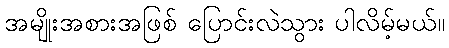
အမျိုးအစားအဖြစ် ပြောင်းလဲသွား ပါလိမ့်မယ်။